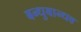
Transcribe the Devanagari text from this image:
बन्धुबान्धव